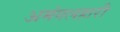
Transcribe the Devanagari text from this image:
अमंगलहारी